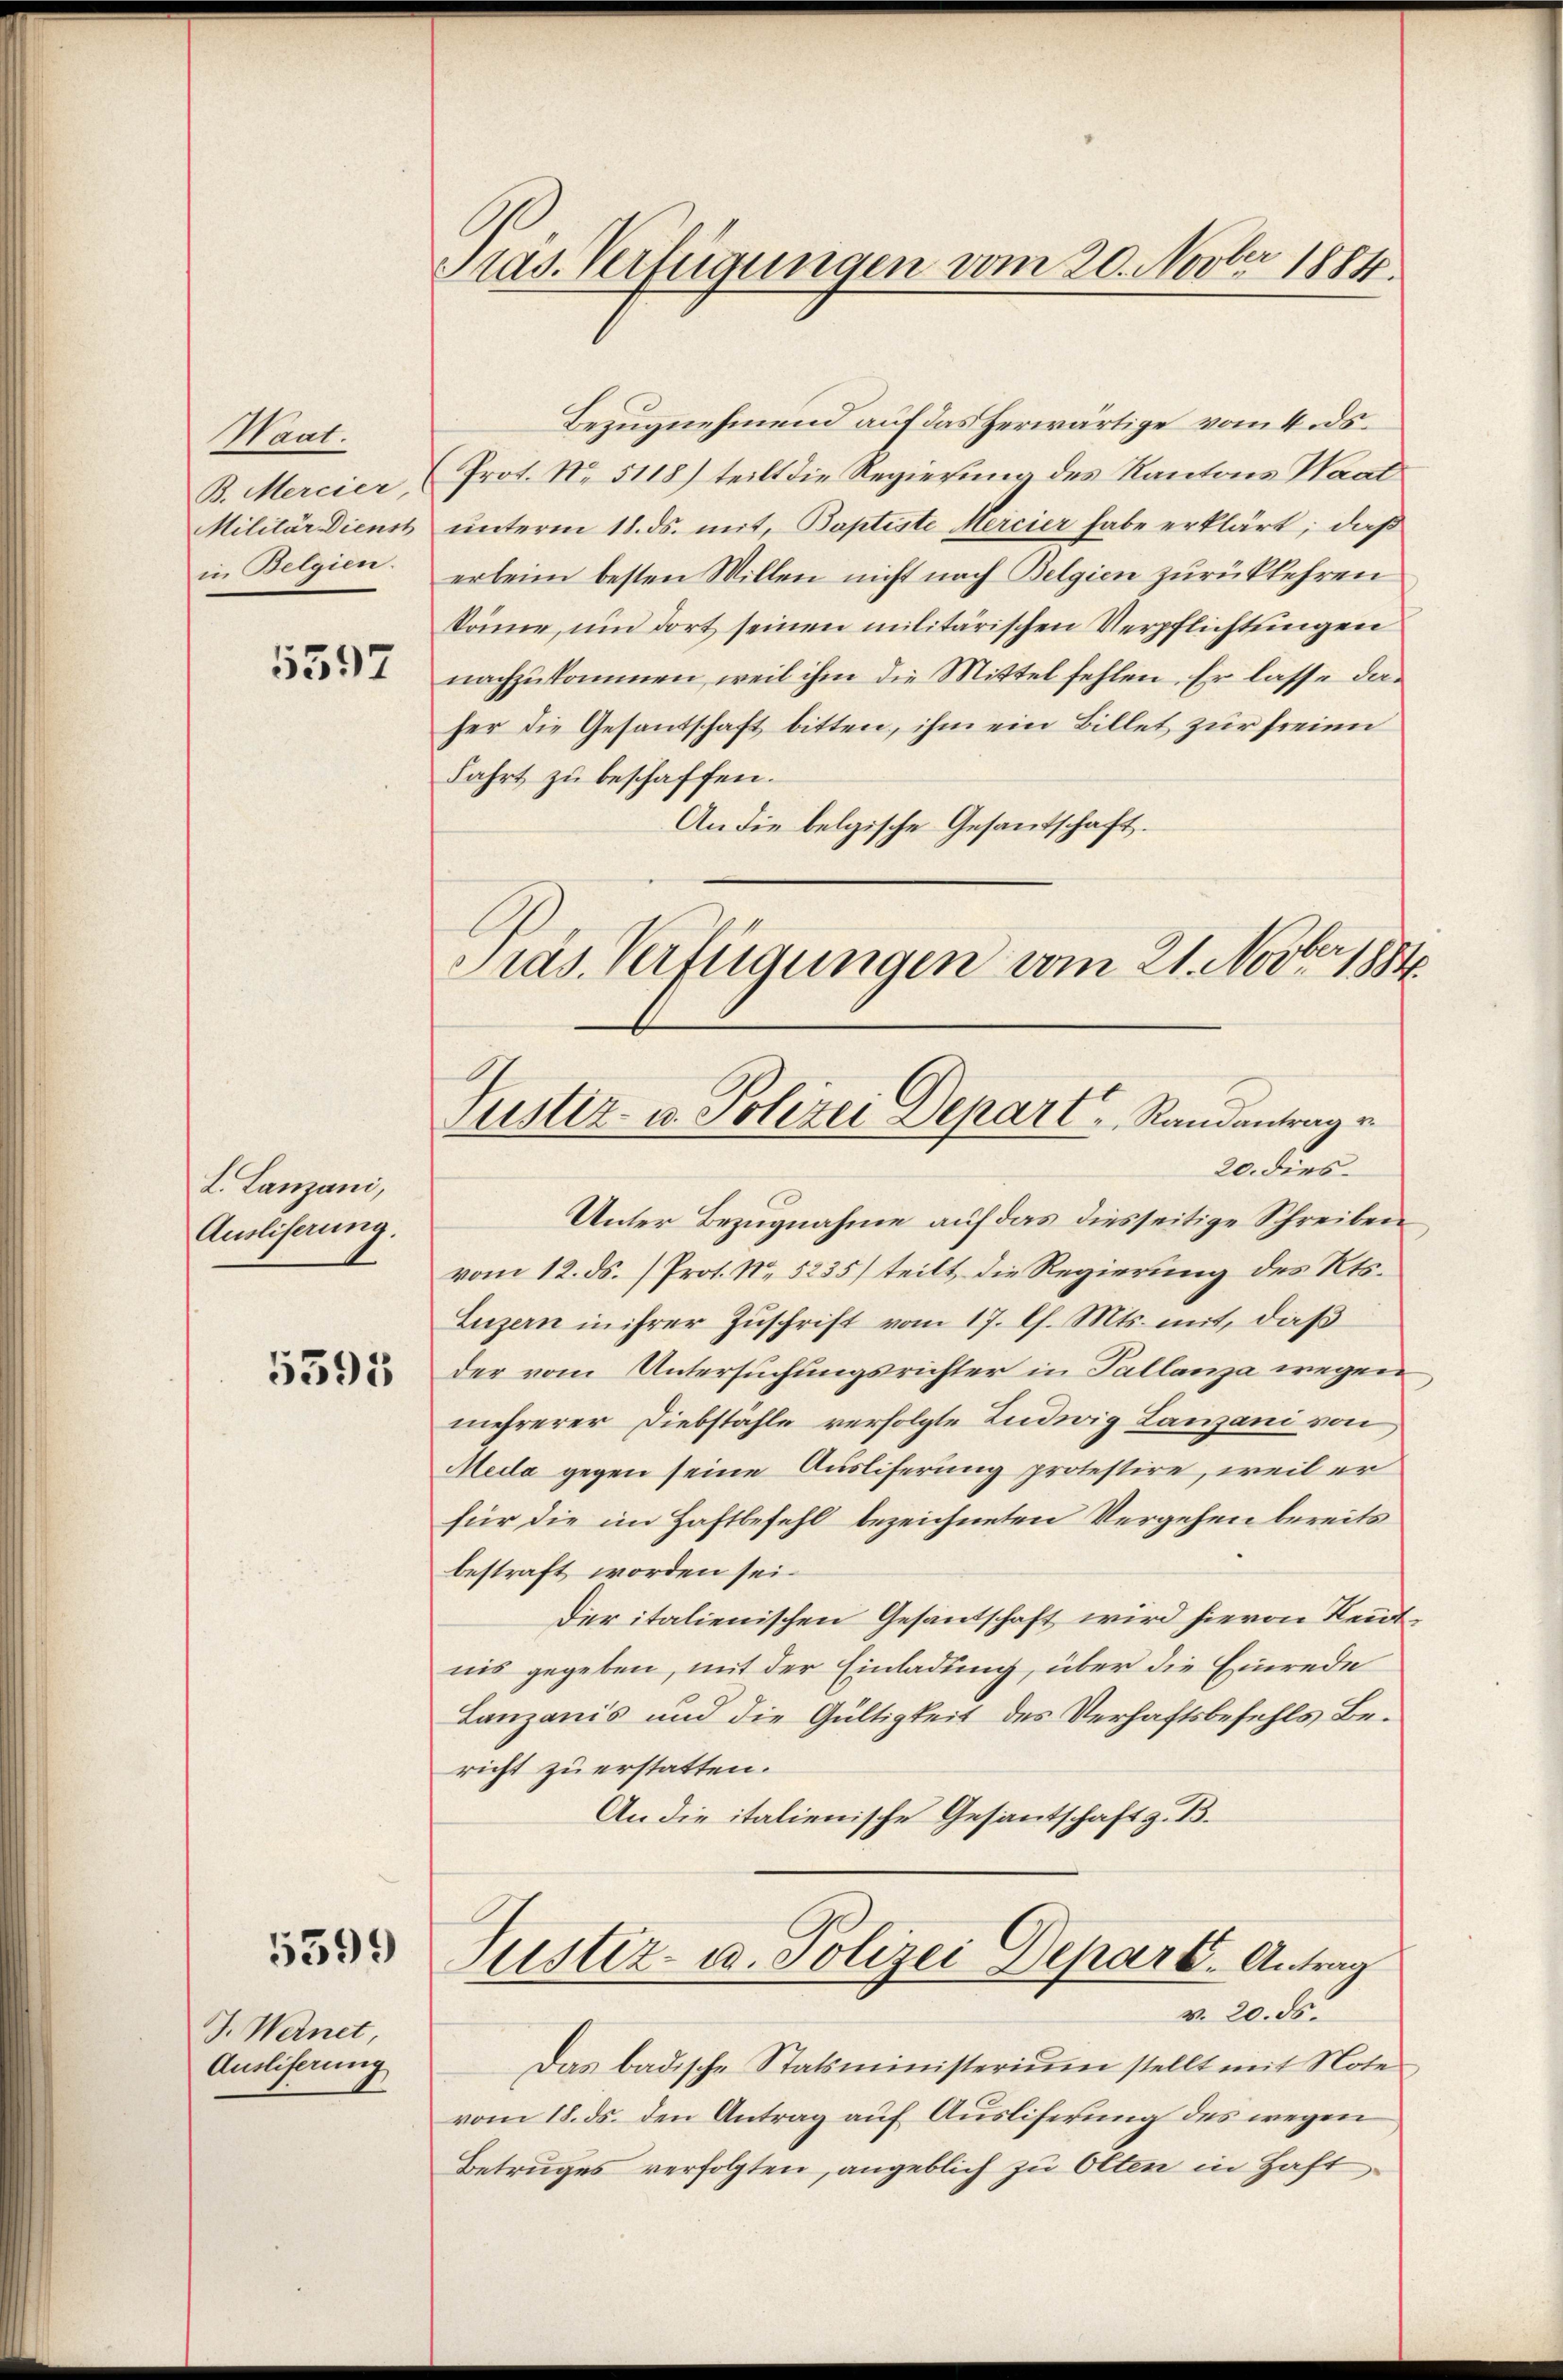
Mant.
B. Mercier,
Militär Dienst
in Belgien.

5597

L. Lanzani,
Ausliserung.

5595

5399

J. Wernet
Ausliferung

räs. Verfügungen vom 20. Novber 1884.

Präs. Verfügungen vom 21. Novbr. 1884.
Justiz- u. Polizei Depart   Randantrag v
20 dies

Bezugnehmend auf das herwärtige vom 4. ds.
Prot. No. 5118) teilt die Regierung des Kantons Haat
unterm 18. ds. mit, Baptiste Mercier habe erklärt; daß
erleim besten Willen nicht nach Belgien zurückkehren
könne, um dort seinen militärischen Verpflichtungen
nachzukommen, weil ihm die Mittel fehlen. Er lasse daher die Gesantschaft bitten, ihm ein Billet zur freien
Fahrt zu beschaffen.
An die belgische Gesandtschaft.
Unter Bezugnahme auf das diesseitige Schreiben
vom 12. ds. (Prot. No 5235) teilt die Regierung des Kts.
Luzern in ihrer Zuschrift vom 17. Ch. Mts. mit, daß
der vom Untersuchungsrichter in Tallanza wegen
mehrerer Diebstähle verfolgte Ludwig Lanzani von
Meda gegen seine Ausliferung protestire, weil er
für die im Haftbefehl bezeichneten Vergehen bereits
bestraft worden sei.
der italienischen Gesandschaft wird hievon Kenntnis gegeben, mit der Einladung, über die Einrede
Lanzanis und die Gültigkeit des Verhaftsbefehls Bericht zu erstatten.
An die italienische Gesantschaft z. B.
Justiz- u. Polizei Depart. Antrag
v. 20. ds.
Das badische Statsministerium stellt mit Note
vom 18. ds. den Antrag auf Ausliferung des wegen
Betruges verfolgten, angeblich zu Olten in Haft